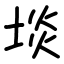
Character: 埮